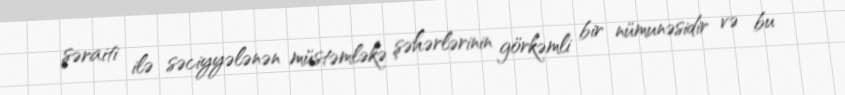
şəraiti ilə səciyyələnən müstəmləkə şəhərlərinin görkəmli bir nümunəsidir və bu